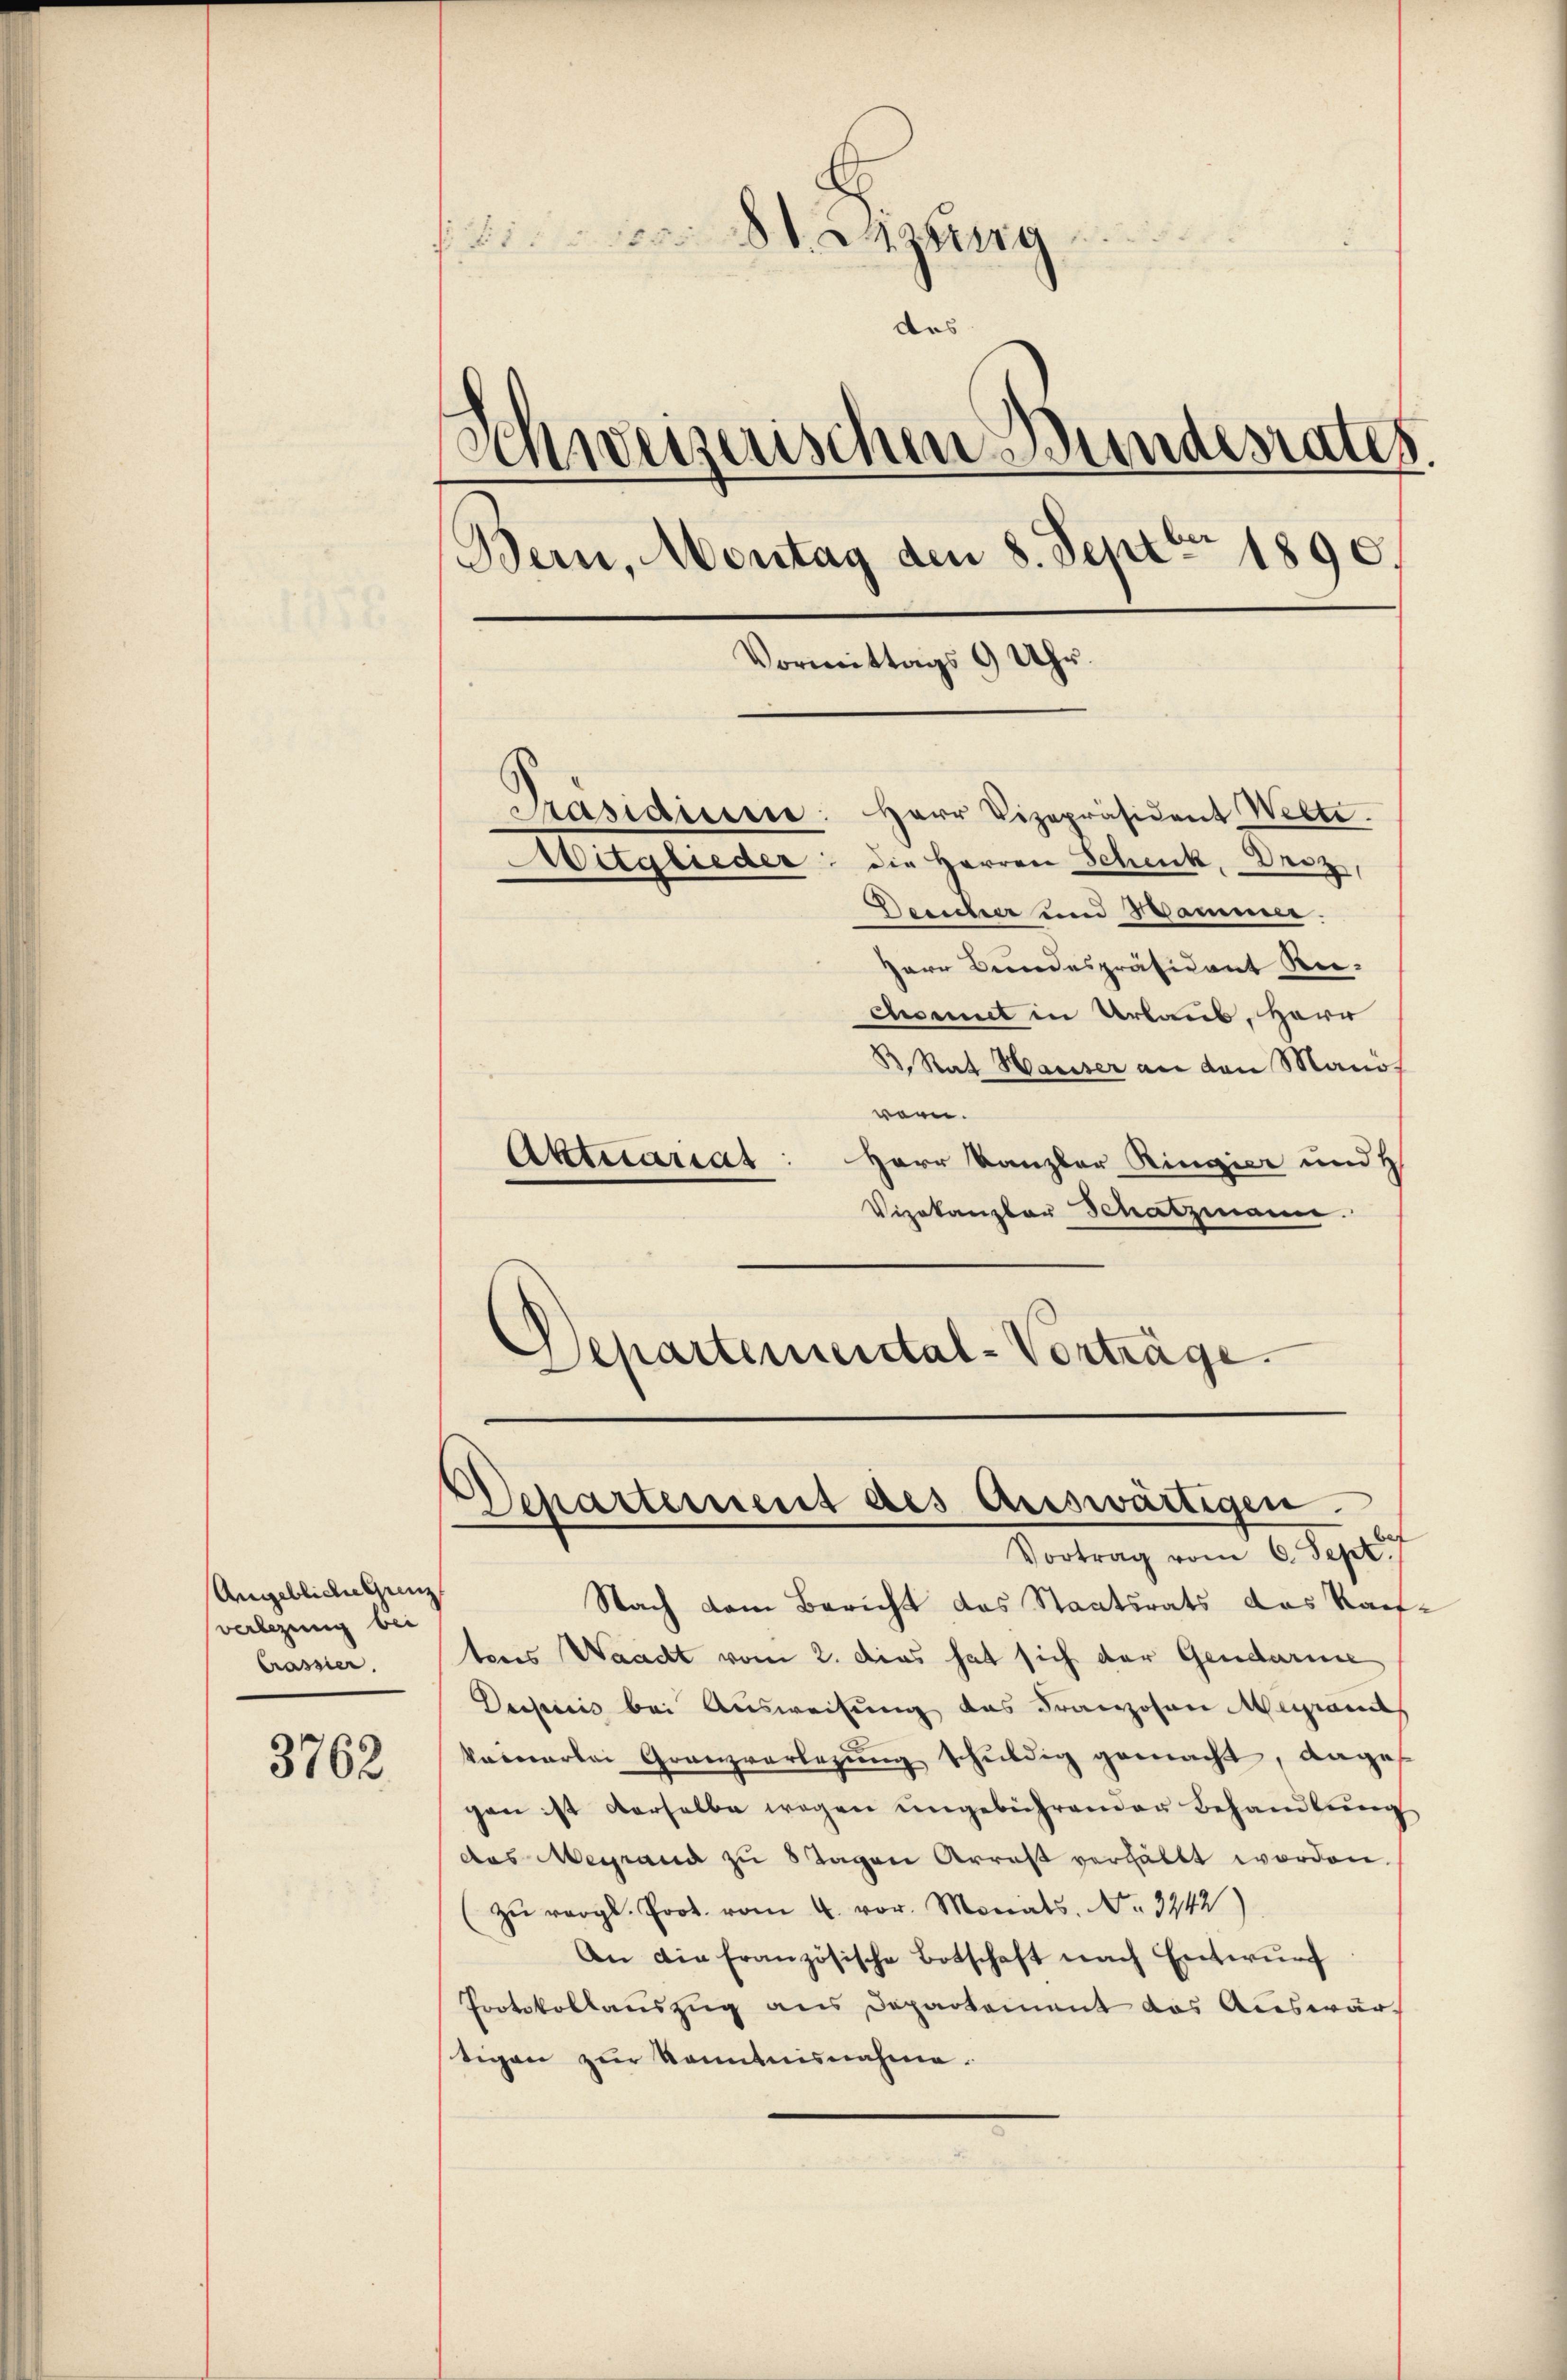
Angebliche Ganz
verlegung bei
Crassier.

3762

sitzung
d
Anweizerischen Bundesrates.
Bern, Montag den 8. Sept. 1890.
Vormittags 9 Uhr
d
Präsidium: Herr Vizepräsident Welte.
die Herren Schenk, Droz,
Mitglieder
Desicher und Sammer.
Herr Bundespräsident Re-

comit in Urlaub, Herr
B. Rat Hauser an den Mand
warn.
Aktuariat
Herr Kanzler Ringier und H
Vizekanzler Schatzmann.
Departemental-Vorträge.

das

Nach dem Bericht das Staatsrats das Kauf-
tens Waadt vom 2. dies hat sich der Gendarme
Desseis bei Ausweisung das Franzosen Magand
keinerlei Granzverlegung schuldig gemacht, dage
gen ist derselbe wegen ungebührenden Behandlung
das Meistand zŭ 3 Tagen Arrast verhält worden,
zŭ vergl. Prot. vom 4. vor. Monats. No. 3442)
An die Französische Botschaft nach Entwŭrf
Protokollauszug aus Departement das Auswärtigen zŭr Kenntnisnahme.

Departement des Auswärtigen.
Vortrag vom 6. Sept.